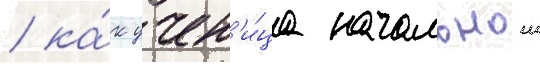
/ ка́к учен'и́ца начальнои